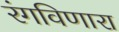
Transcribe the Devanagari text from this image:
रंगविणारा